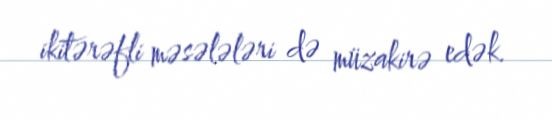
ikitərəfli məsələləri də müzakirə edək.